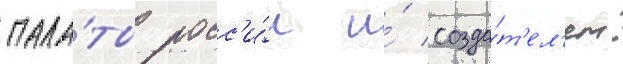
пала́ты росс'и́и и́ созда́т'ел'ем